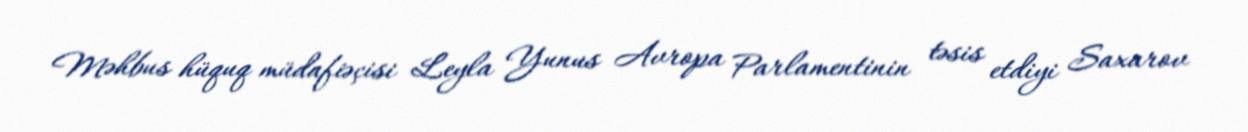
Məhbus hüquq müdafiəçisi Leyla Yunus Avropa Parlamentinin təsis etdiyi Saxarov